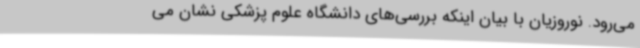
می‌رود. نوروزیان با بیان اینکه بررسی‌های دانشگاه علوم پزشکی نشان می